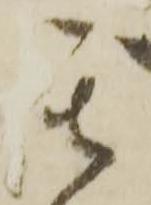
其